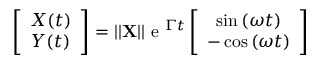
\left[ { \begin{array} { c } { X ( t ) } \\ { Y ( t ) } \end{array} } \right] = | | \mathbf { X } | | \mathrm { ~ e ~ } ^ { \Gamma t } \left[ { \begin{array} { c } { \sin { ( \omega t ) } } \\ { - \cos { ( \omega t ) } } \end{array} } \right]